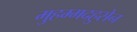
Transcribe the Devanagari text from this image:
मुहम्मदहुसेन